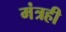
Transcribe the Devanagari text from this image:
मंत्रही